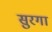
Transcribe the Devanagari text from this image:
सुरगा